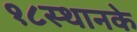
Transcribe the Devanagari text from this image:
१८स्थानके